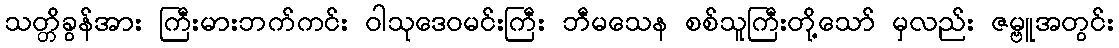
သတ္တိခွန်အား ကြီးမားဘက်ကင်း ဝါသုဒေဝမင်းကြီး ဘီမသေန စစ်သူကြီးတို့သော် မှလည်း ဇမ္ဗူအတွင်း